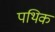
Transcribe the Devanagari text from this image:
पथिक